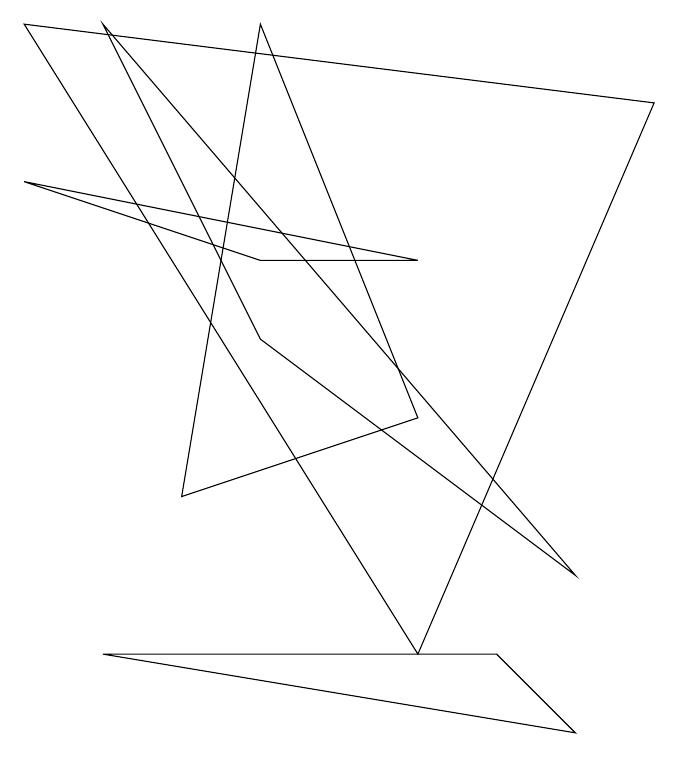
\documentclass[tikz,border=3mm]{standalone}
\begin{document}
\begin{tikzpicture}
\draw (4,6) -- (6,6) -- (1,7) -- cycle;
\draw (2,1) -- (8,0) -- (7,1) -- cycle;
\draw (4,9) -- (6,4) -- (3,3) -- cycle;
\draw (2,9) -- (8,2) -- (4,5) -- cycle;
\draw (1,9) -- (9,8) -- (6,1) -- cycle;
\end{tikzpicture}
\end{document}